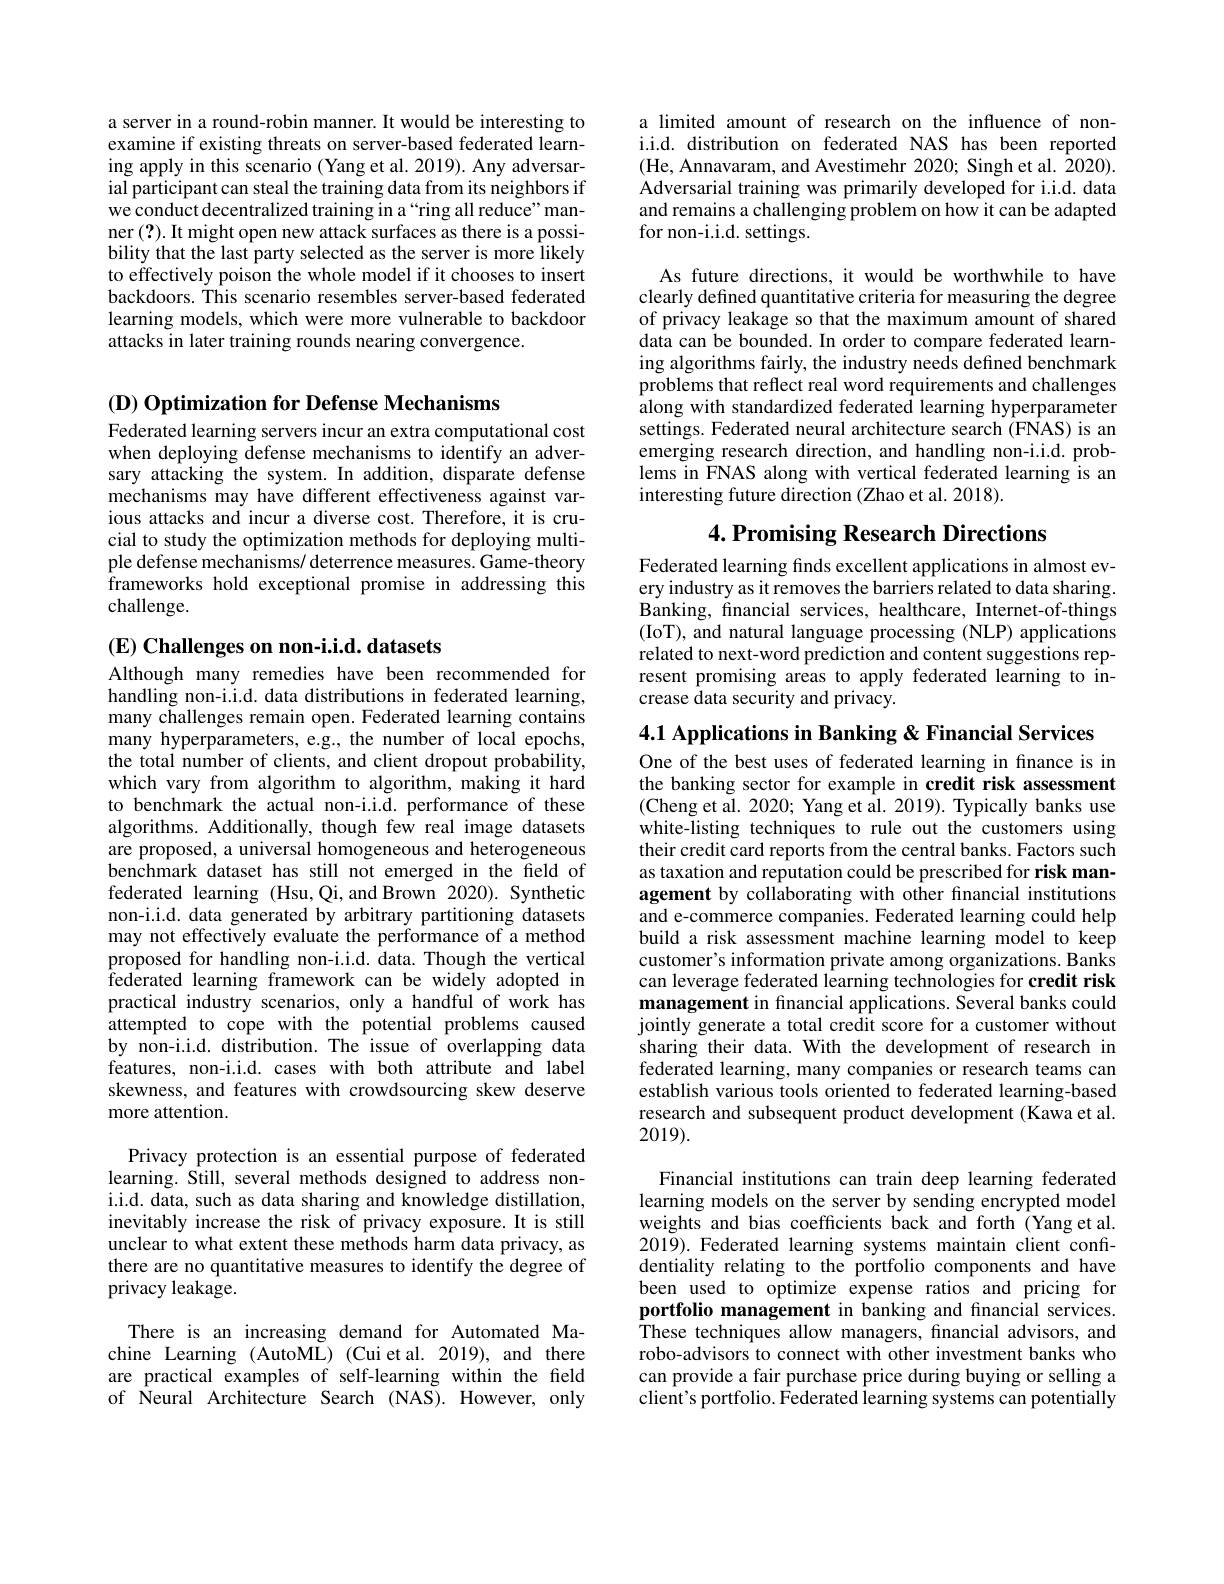
a server in a round-robin manner. It would be interesting to examine if existing threats on server-based federated learning apply in this scenario (Yang et al. 2019). Any adversarial participant can steal the training data from its neighbors if we conduct decentralized training in a “ring all reduce”manner (?). It might open new attack surfaces as there is a possibility that the last party selected as the server is more likely to effectively poison the whole model if it chooses to insert backdoors. This scenario resembles server-based federated learning models, which were more vulnerable to backdoor attacks in later training rounds nearing convergence.

$( \mathbf{D} ) \textbf{ Optimization for Defense Mechanisms}$

Federated learning servers incur an extra computational cost when deploying defense mechanisms to identify an adversary attacking the system. In addition, disparate defense mechanisms may have different effectiveness against various attacks and incur a diverse cost. Therefore, it is crucial to study the optimization methods for deploying multiple defense mechanisms/ deterrence measures. Game-theory frameworks hold exceptional promise in addressing this challenge.

$( \mathbf{E} ) \textbf{Challenges on non- i. i. d. datasets}$
Although many remedies have been recommended for handling non-i.i.d. data distributions in federated learning, many challenges remain open. Federated learning contains many hyperparameters, e.g., the number of local epochs, the total number of clients, and client dropout probability, which vary from algorithm to algorithm, making it hard to benchmark the actual non-i.i.d. performance of these algorithms. Additionally, though few real image datasets are proposed, a universal homogeneous and heterogeneous benchmark dataset has still not emerged in the field of federated learning (Hsu,Qi,and Brown 2020). Synthetic non-i.i.d. data generated by arbitrary partitioning datasets may not effectively evaluate the performance of a method proposed for handling non-i.i.d. data. Though the vertical federated learning framework can be widely adopted in practical industry scenarios, only a handful of work has attempted to cope with the potential problems caused by non-i.i.d. distribution. The issue of overlapping data features, non-i.i.d. cases with both attribute and label skewness, and features with crowdsourcing skew deserve more attention.

Privacy protection is an essential purpose of federated learning. Still, several methods designed to address noni.i.d. data, such as data sharing and knowledge distillation, inevitably increase the risk of privacy exposure. It is still unclear to what extent these methods harm data privacy, as there are no quantitative measures to identify the degree of privacy leakage.

There is an increasing demand for Automated Machine Learning (AutoML) (Cui et al. 2019), and there are practical examples of self-learning within the feld of Neural Architecture Search (NAS).However, only

a limited amount of research on the influence of noni.i.d. distribution on federated NAS has been reported (He, Annavaram, and Avestimehr 2020; Singh et al. 2020). Adversarial training was primarily developed for i.i.d. data and remains a challenging problem on how it can be adapted for non-i.i.d. settings.

As future directions, it would be worthwhile to have clearly defined quantitative criteria for measuring the degree of privacy leakage so that the maximum amount of shared data can be bounded. In order to compare federated learning algorithms fairly, the industry needs defined benchmark problems that reflect real word requirements and challenges along with standardized federated learning hyperparameter settings. Federated neural architecture search (FNAS) is an emerging research direction, and handling non-i.i.d. problems in FNAS along with vertical federated learning is an interesting future direction (Zhao et al. 2018).

## 4. Promising Research Directions

Federated learning finds excellent applications in almost every industry as it removes the barriers related to data sharing. $\tilde{\text{Banking, financial services, healthcare, Internet-of-things}}$ (IoT), and natural language processing (NLP) applications related to next-word prediction and content suggestions represent promising areas to apply federated learning to increase data security and privacy.

4.1 Applications in Banking & Financial Services
One of the best uses of federated learning in fnance is in the banking sector for example in credit risk assessment (Cheng et al. 2020; Yang et al. 2019). Typically banks use white-listing techniques to rule out the customers using their credit card reports from the central banks. Factors such as taxation and reputation could be prescribed for risk management by collaborating with other fnancial institutions and e-commerce companies. Federated learning could help build a risk assessment machine learning model to keep customer's information private among organizations. Banks can leverage federated learning technologies for credit risk management in financial applications. Several banks could jointly generate a total credit score for a customer without sharing their data. With the development of research in federated learning, many companies or research teams can establish various tools oriented to federated learning-based research and subsequent product development (Kawa et al. 2019).

Financial institutions can train deep learning federated learning models on the server by sending encrypted model weights and bias coefficients back and forth (Yang et al. 2019). Federated learning systems maintain client confidentiality relating to the portfolio components and have been used to optimize expense ratios and pricing for portfolio management in banking and financial services. These techniques allow managers, financial advisors, and robo-advisors to connect with other investment banks who can provide a fair purchase price during buying or selling a $\hat{\text{client's portfolio. Federated learning systems can potentially}}$